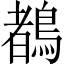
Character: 𪃙